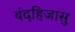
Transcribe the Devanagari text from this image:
बंदहिजासु